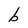
Character: b